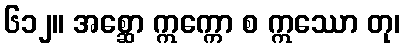
၆၁၂။ အစ္ဆော ဣက္ကော စ ဣဿော တု၊